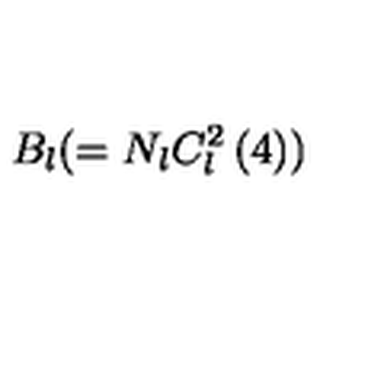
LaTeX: B _ { l } ( = N _ { l } C _ { l } ^ { 2 } \left( 4 \right) )